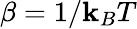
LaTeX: \beta=1/\mathbf{k}_{B}T